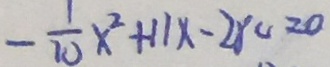
- \frac { 1 } { 1 0 } x ^ { 2 } + 1 1 x - 2 8 0 = 0